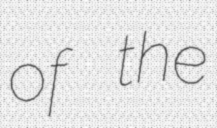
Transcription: of the